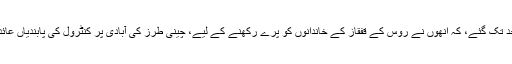
وہ دو ہفتے قبل، اِس حد تک گئے، کہ اُنھوں نے روس کے قفقاز کے خاندانوں کو پرے رکھنے کے لیے، چینی طرز کی آبادی پر کنٹرول کی پابندیاں عائد کرنے کا مطالبہ کیا۔